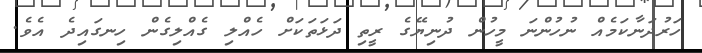
ހަރުދަނާކަމެއް ނުހުންނަ މީހުން ދުނިޔޭގެ ރީތި ދަޅަތަކަށް ހެއްލި ގެއްލިގެން ހިނގައިދެ އެވެ.